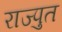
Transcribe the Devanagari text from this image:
राज्पुत